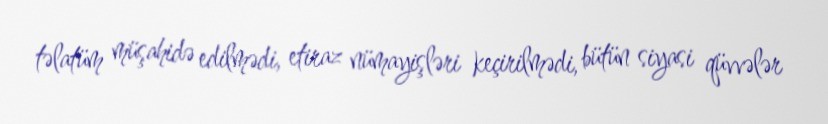
təlatüm müşahidə edilmədi, etiraz nümayişləri keçirilmədi, bütün siyasi qüvvələr